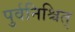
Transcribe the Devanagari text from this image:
पुर्वनिश्चित्